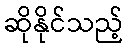
ဆိုနိုင်သည့်